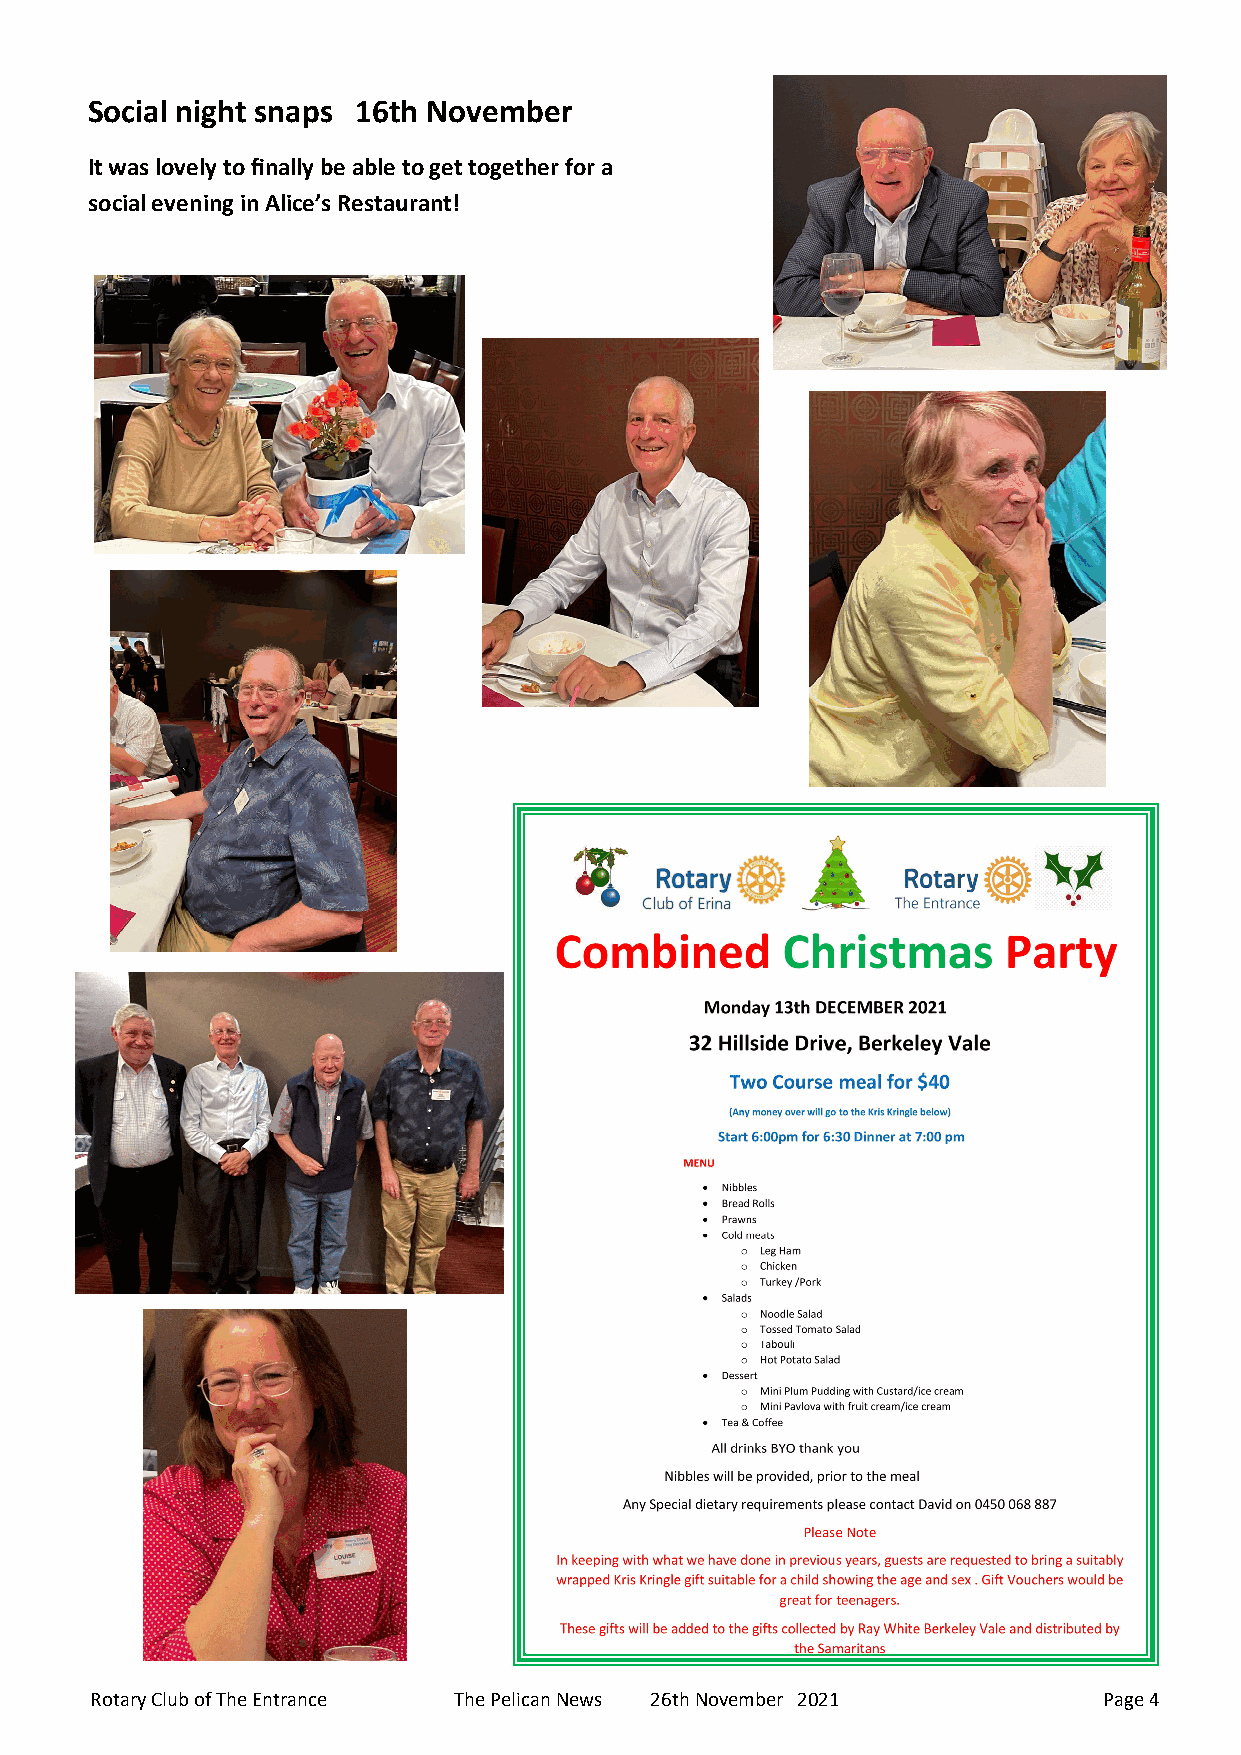
Social night snaps 16th November
 It was lovely to finally be able to get together for a
 social evening in Alice’s Restaurant!
 Rotary Club of The Entrance The Pelican News 26th November 2021    Page 4